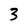
Character: 3